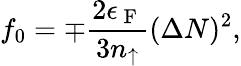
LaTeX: f_{0}=\mp\frac{2\epsilon_{\mathrm{~F~}}}{3n_{\uparrow}}(\Delta N)^{2},